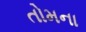
તોમના